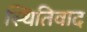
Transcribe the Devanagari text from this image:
स्थितिवाद